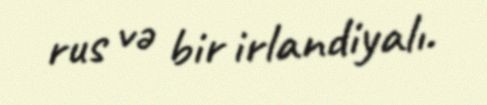
rus və bir irlandiyalı.